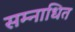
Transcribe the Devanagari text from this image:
सम्नाधित